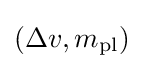
\left(\Delta v,m_{\text{pl}}\right)